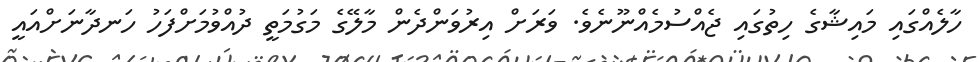
ހާލެއްގައި މައިޝާގެ ހިތުގައި ޖެއްސުމެއްނޫނެވެ. ވަރަށް އިރުވަންދެން މާލޭގެ މަގުމަތީ ދުއްވުމަށްފަހު ހަނދާނަށްއައީ